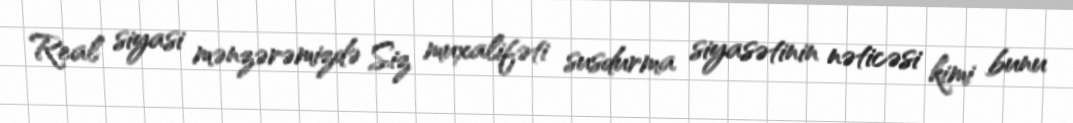
Real siyasi mənzərəmizdə Siz muxalifəti susdurma siyasətinin nəticəsi kimi bunu